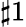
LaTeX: \sharp 1